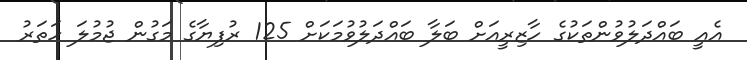
އެއީ ބައްދަލުވުންތަކުގެ ހާޒިރީއަށް ބަލާ ބައްދަލުވުމަކަށް 125 ރުފިޔާގެ މަގުން ޖުމުލަ ހަތަރު